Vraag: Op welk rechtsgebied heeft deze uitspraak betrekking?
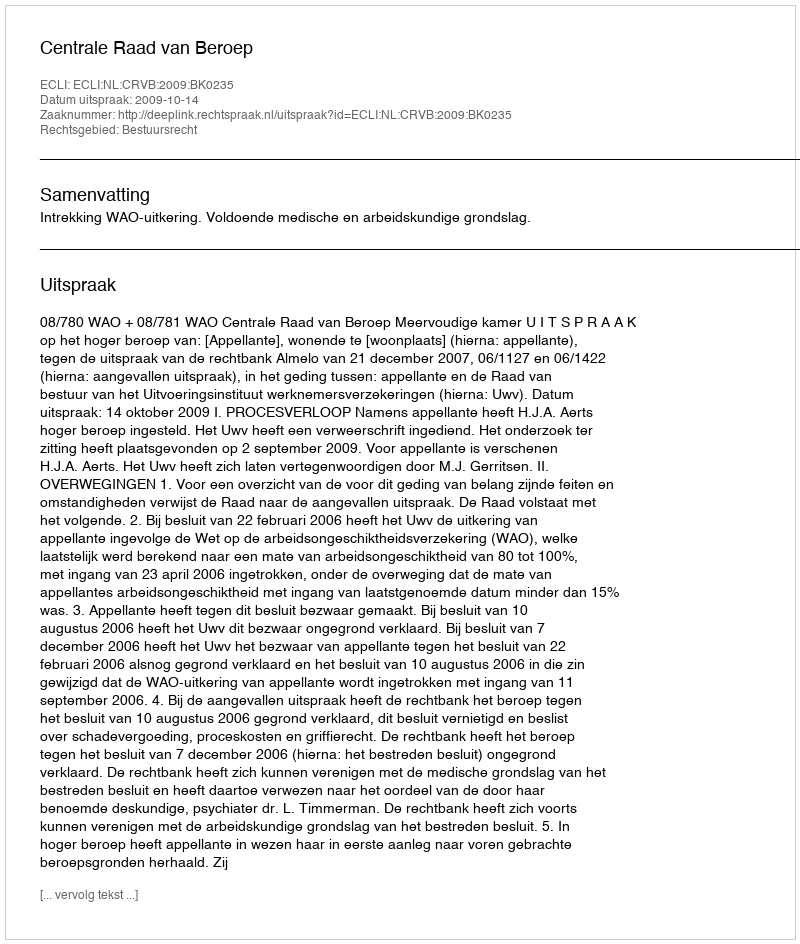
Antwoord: Bestuursrecht